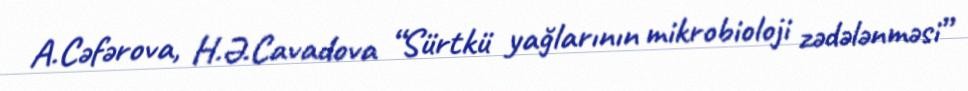
A.Cəfərova, H.Ə.Cavadova “Sürtkü yağlarının mikrobioloji zədələnməsi”